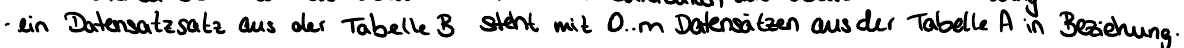
- ein Datensatzsatz aus der Tabelle B steht mit 0..m Datensätzen aus der Tabelle A in Beziehung.